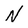
Character: N